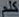
is